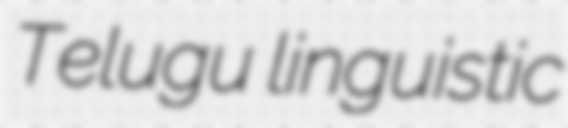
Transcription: Telugu linguistic